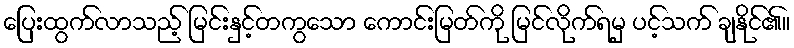
ပြေးထွက်လာသည့် မြင်းနှင့်တကွသော ကောင်းမြတ်ကို မြင်လိုက်ရမှ ပင့်သက် ချနိုင်၏။